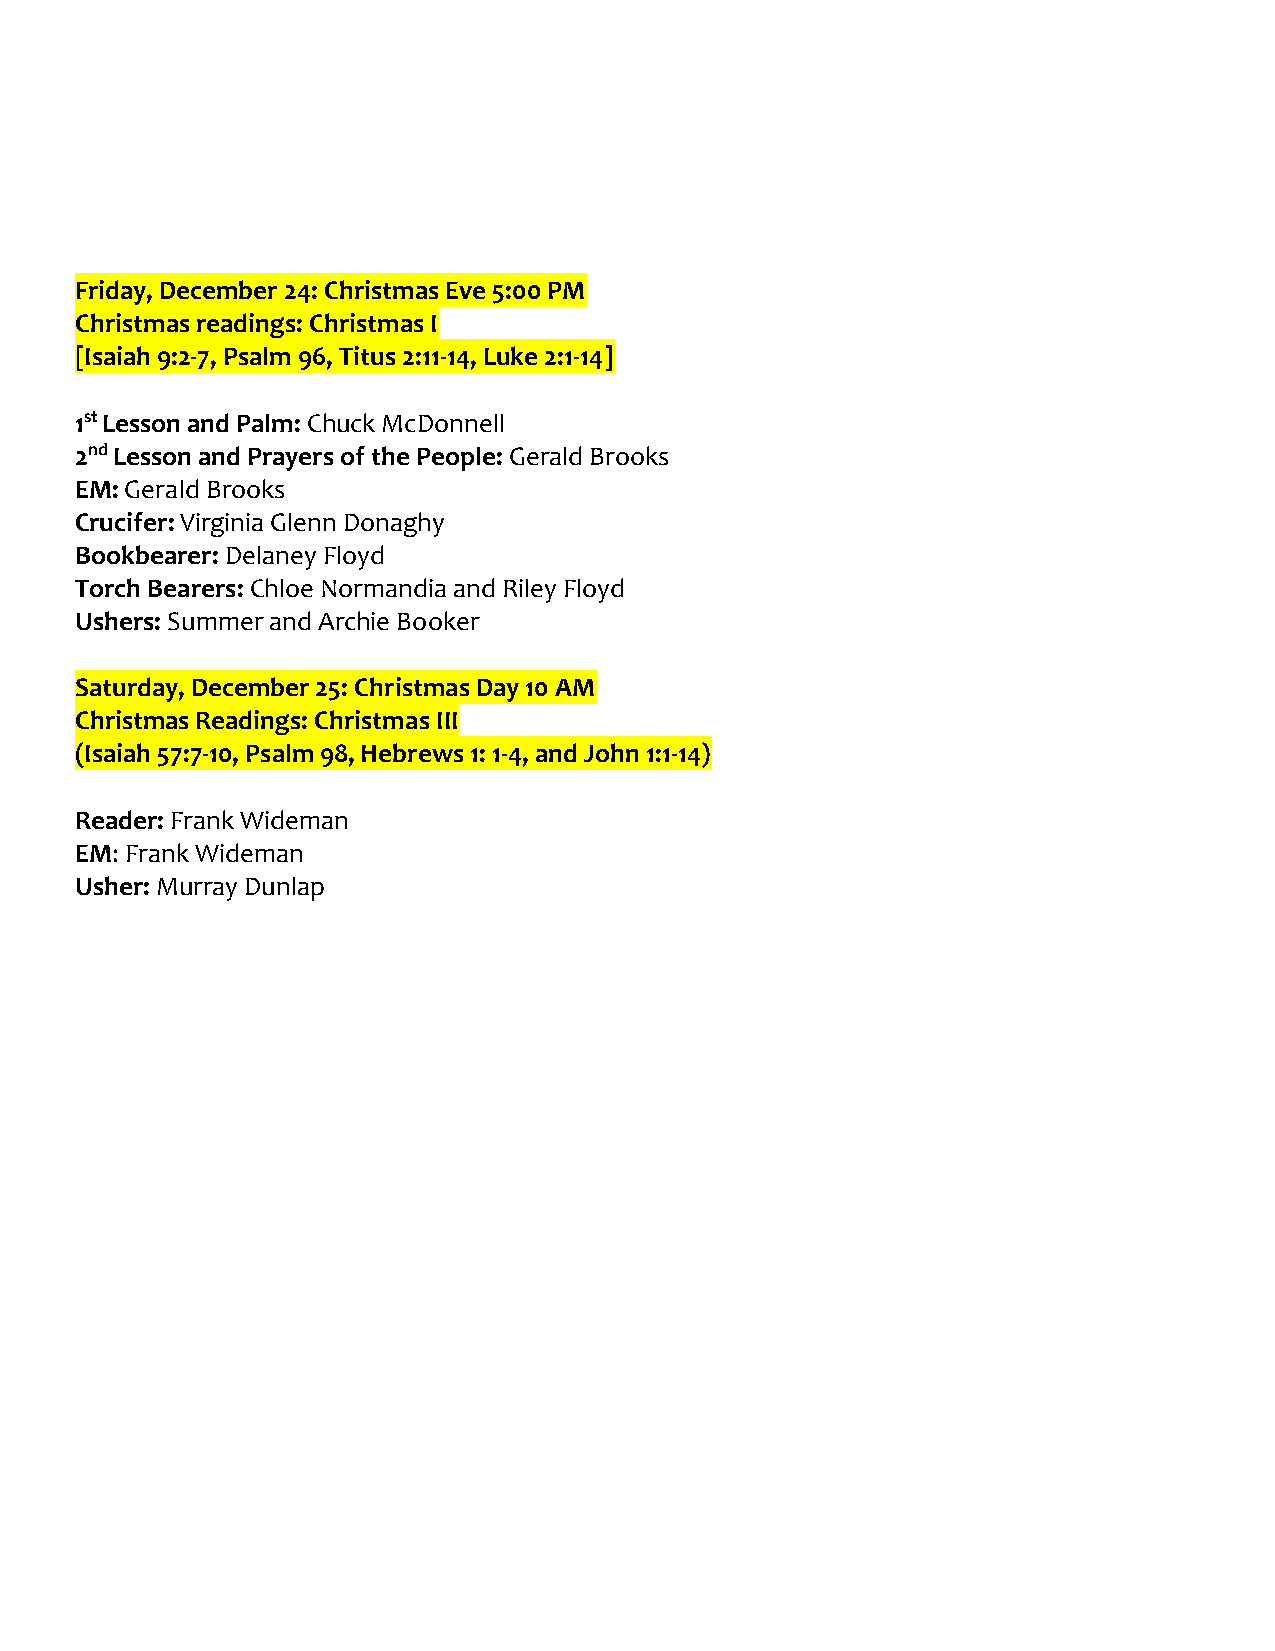
Friday, December 24: Christmas Eve 5:00 PM
 Christmas readings: Christmas I
 [Isaiah 9:2-7, Psalm 96, Titus 2:11-14, Luke 2:1-14]
 1st Lesson and Palm: Chuck McDonnell
 2nd Lesson and Prayers of the People: Gerald Brooks
 EM: Gerald Brooks
 Crucifer: Virginia Glenn Donaghy
 Bookbearer: Delaney Floyd
 Torch Bearers: Chloe Normandia and Riley Floyd
 Ushers: Summer and Archie Booker
 Saturday, December 25: Christmas Day 10 AM
 Christmas Readings: Christmas III
 (Isaiah 57:7-10, Psalm 98, Hebrews 1: 1-4, and John 1:1-14)
 Reader: Frank Wideman
 EM: Frank Wideman
 Usher: Murray Dunlap